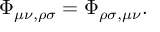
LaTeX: \Phi _ { \mu \nu , \rho \sigma } = \Phi _ { \rho \sigma , \mu \nu } .